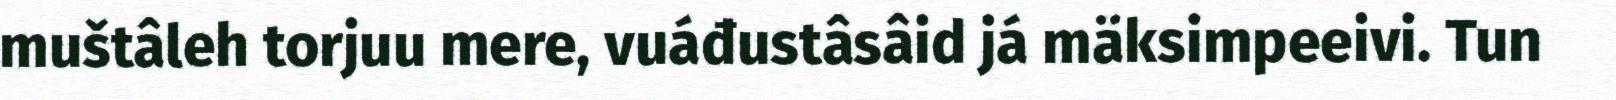
muštâleh torjuu mere, vuáđustâsâid já mäksimpeeivi. Tun